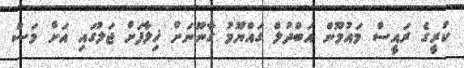
ކުރީގެ ރައީސް މައުމޫން އަބްދުލް ގައްޔޫމު ގާނޫނަށް ޚިލާފަށް ޖަލުގައި އަށް މަސް